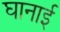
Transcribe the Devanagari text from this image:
घानाई